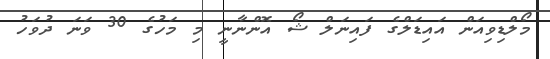
މޯލްޑިވިއަން އައިޑަލްގެ ފައިނަލް ޝޯ އޮންނާނީ މި މަހުގެ 30 ވަނަ ދުވަހު